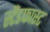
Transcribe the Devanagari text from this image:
स्टैंडफास्ट